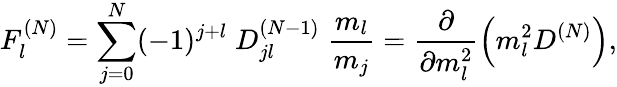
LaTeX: F_{l}^{(N)}=\sum_{j=0}^{N}(-1)^{j+l}\; D_{jl}^{(N-1)}\; \frac{m_{l}}{m_{j}}=\frac{\partial}{\partial m_{l}^{2}}\left(m_{l}^{2}D^{(N)}\right),